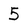
Character: 5